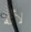
لأنه